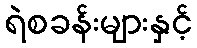
ရဲစခန်းများနှင့်